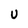
Character: U